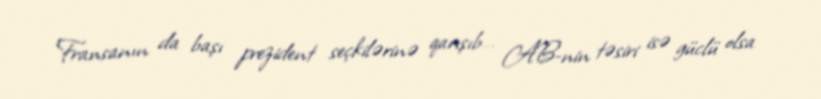
Fransanın da başı prezident seçkilərinə qarışıb… AB-nin təsiri isə güclü olsa